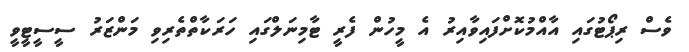
ވެސް ރިޕޯޓުގައި އާއްމުކޮށްފައިވާއިރު އެ މީހުން ފެރީ ޓާމިނަލްގައި ހަރަކާތްތެރިވި މަންޒަރު ސީސީޓީވީ